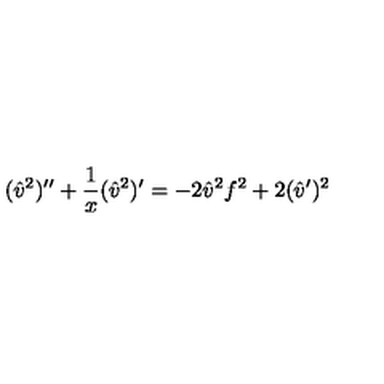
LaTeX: ( { \hat { v } } ^ { 2 } ) ^ { \prime \prime } + { \frac { 1 } { x } } ( { \hat { v } } ^ { 2 } ) ^ { \prime } = - 2 { \hat { v } } ^ { 2 } f ^ { 2 } + 2 ( { \hat { v } } ^ { \prime } ) ^ { 2 }